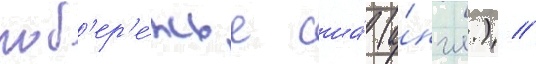
поб'ер'е́жье сша́ (а́нгл.) //